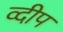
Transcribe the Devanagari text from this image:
व्दीप